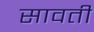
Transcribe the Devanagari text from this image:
सावतीं